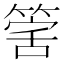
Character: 𥯾